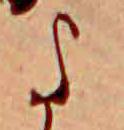
よ